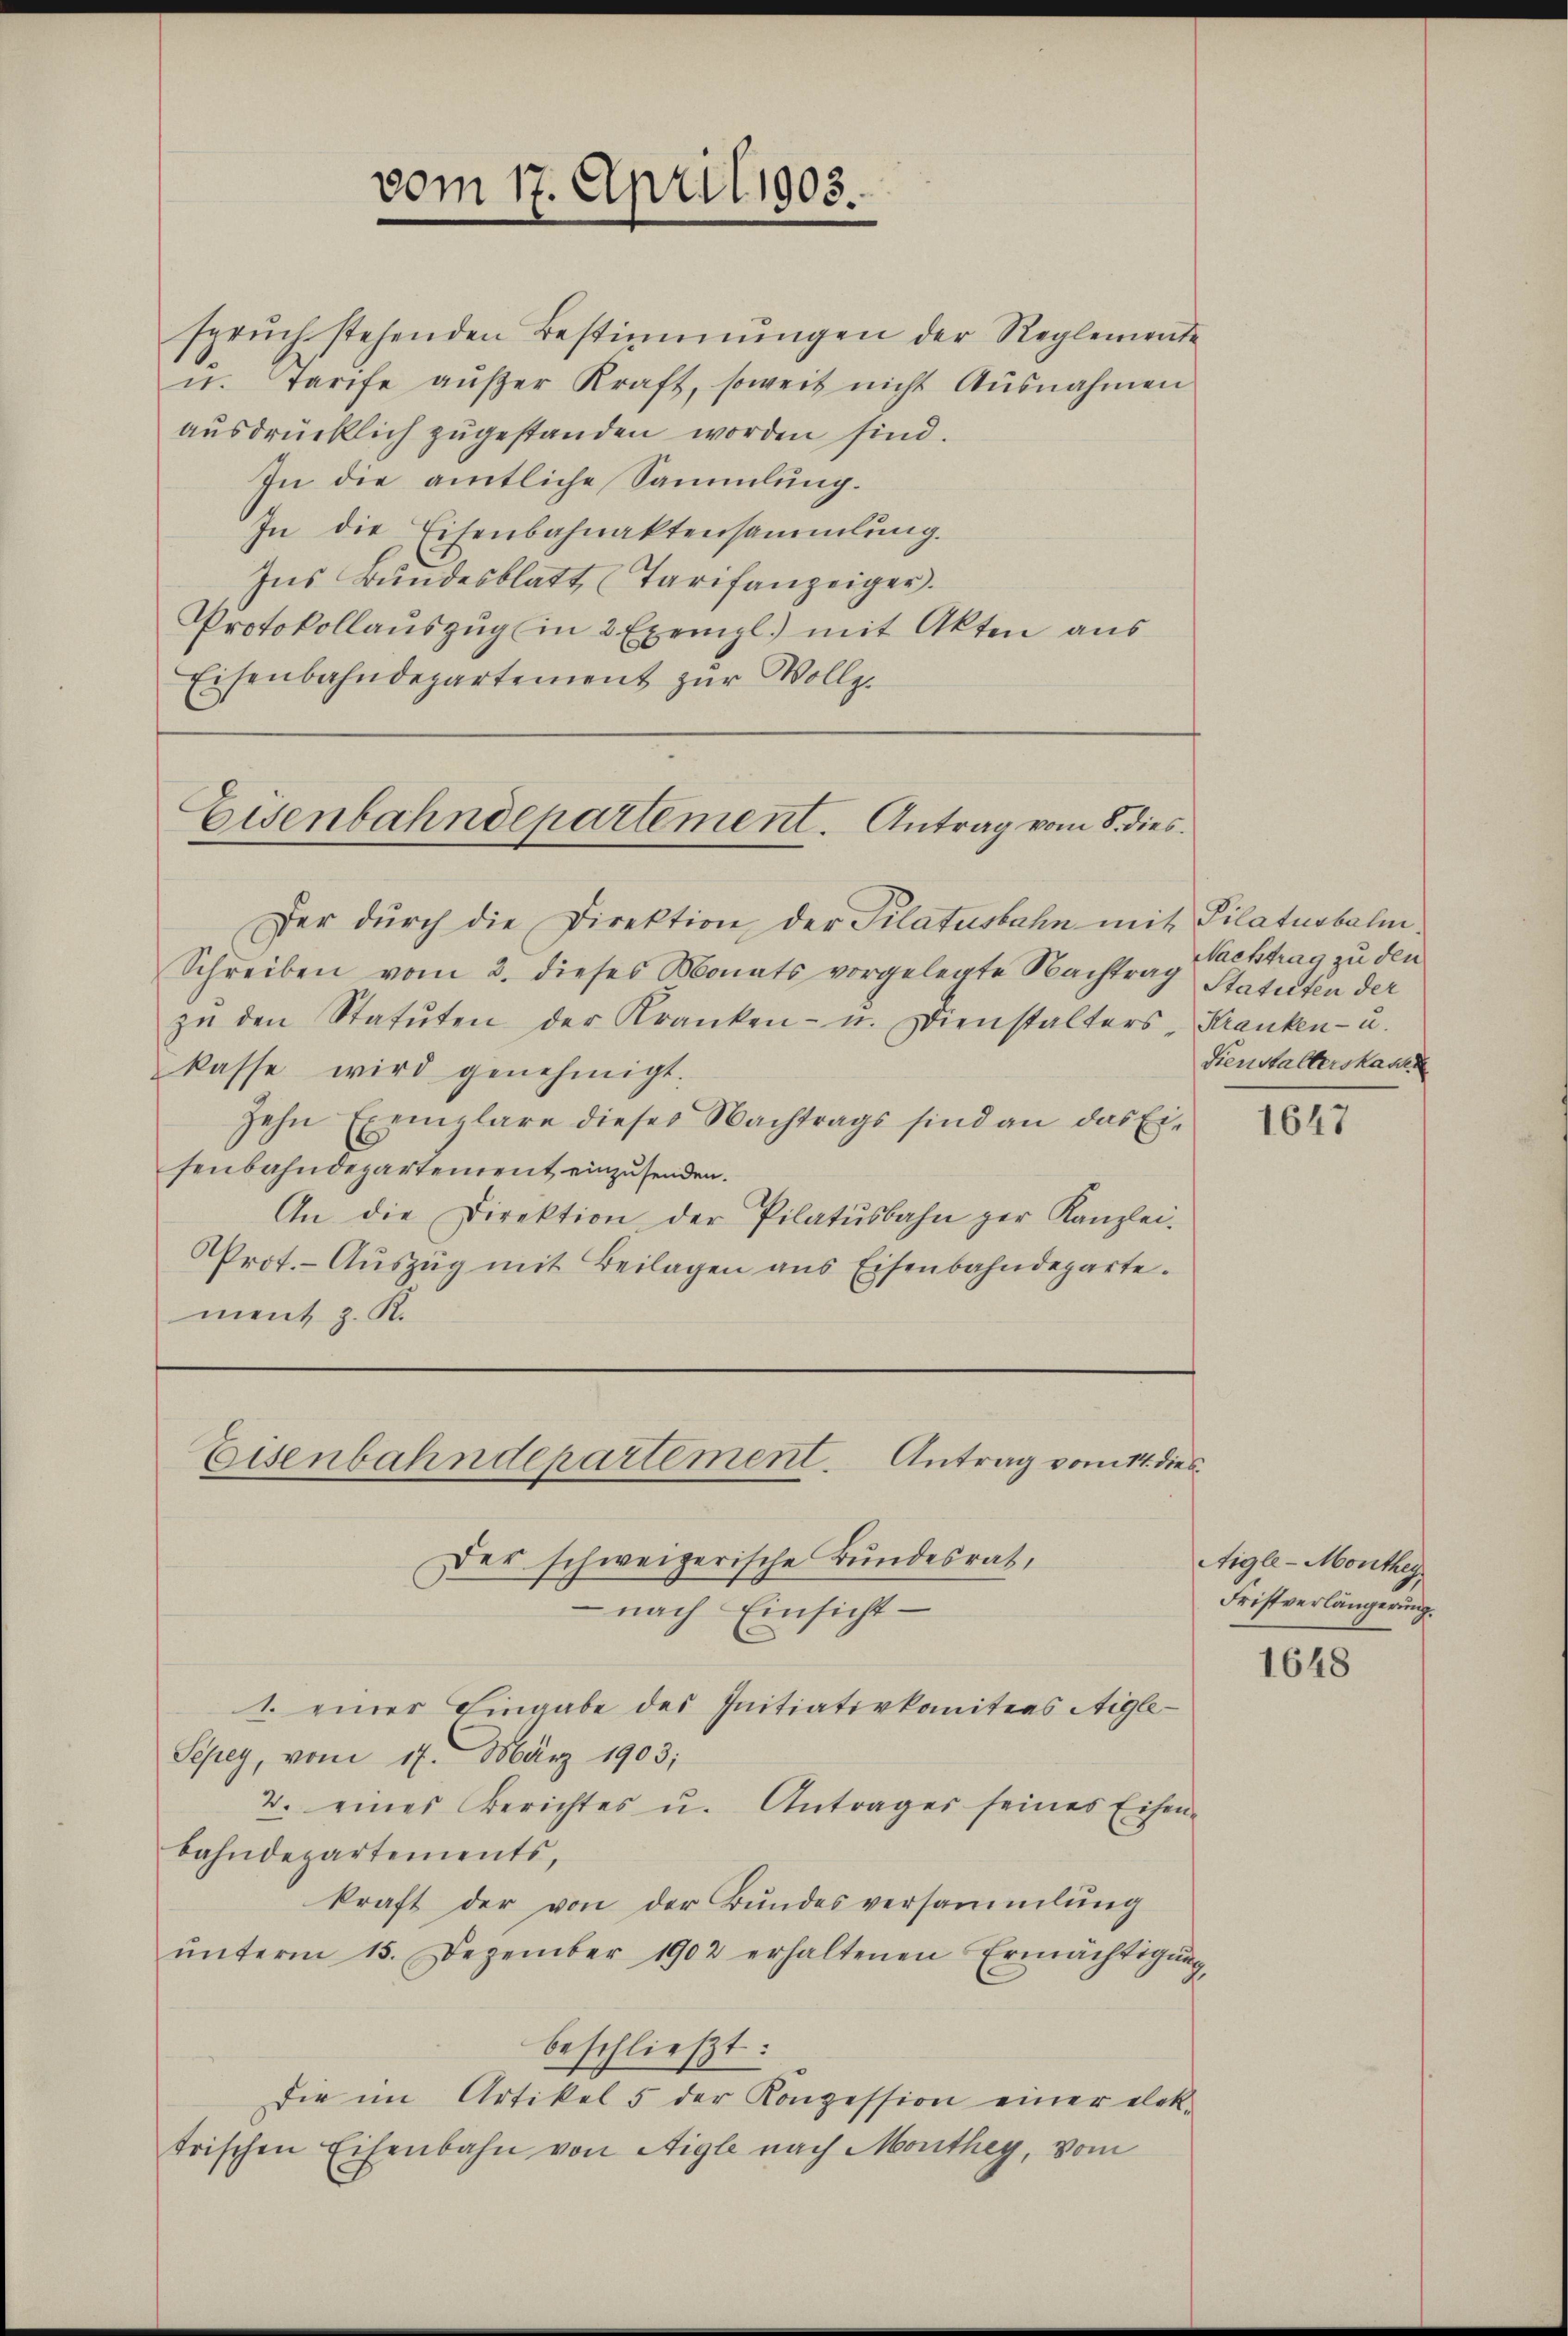
vom 17. April 1905.

sprŭch stehenden Bestimmungen der Reglemente
u. Tarife aŭβer Kraft, soweit nicht Ausnahmen
ausdrücklich zugestanden worden sind.
In die amtliche Sammlung.
In die Eisenbahnaktensammlung.
Ins Bundesblatt (Tarifanzeiger.
Protokollauszug (in 2 Exempl.) mit Akten aus
Eisenbahndepartement zŭr Vollz.

Eisenbahndepartement. Antrag vom 8. dies

Der dŭrch die Direktion der Pilatusbahn mit Pilaturbalm¬
Schreiben vom 2. dieses Monats vorgelegte Nachtrag Statuten der
zŭ den Statŭten der Kranken- u. Dienstalters - Kranken- u.
kasse wird genehmigt.
zehn Exemplare dieses Nachtrags sind an das Eisenbahndepartement einzusenden.
An die Direktion der Pilatŭsbahn ger Kanzlei-
Prot.- Aŭszŭg mit Beilagen ans Eisenbahndeparte.
ment z. K.

Eisenbahndepartement. Antrag vom 14. dies

Der schweizerische Bundesrath,
 nach Einsicht
1. einer Eingabe des Initiativkomitees Aigle¬
Sepey, vom 17. März 1903;
2. eines Berichtes u. Antrages seines Eisen-
bahndepartements,
kraft der von der Bŭndesversammlung
ŭnterm 15. Dezember 1902 erhaltenen Ermächtigŭng
beschließt:
dDie im Artikel 5 der Konzession einer elek-
trischen Eisenbahn von Aigle nach Monthey, vom

Nachtrag zu den
Dienstalterskaste

1647

Aigle-Monthey
Fristverlängerung.

1648